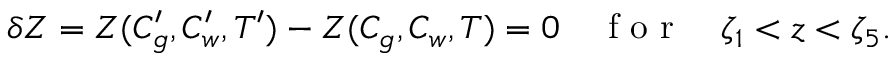
\delta Z = Z ( C _ { g } ^ { \prime } , C _ { w } ^ { \prime } , T ^ { \prime } ) - Z ( C _ { g } , C _ { w } , T ) = 0 \quad \mathrm { ~ f ~ o ~ r ~ } \quad \zeta _ { 1 } < z < \zeta _ { 5 } .